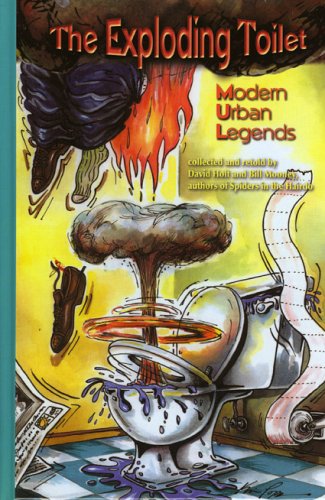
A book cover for The Exploding Toilet; David Holt; Humor & Entertainment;